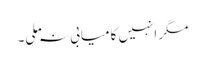
مگر انہیں کامیابی نہ ملی۔